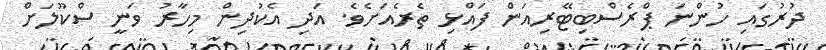
ދުރުގައި ހުންނަ ޕްރެސްބިޓޭރިއަން ފައްޅި ތެރެއަށެވެ. އަދި އެކުދިން މިހާރު ވަނީ ސްކޫލަށް